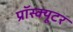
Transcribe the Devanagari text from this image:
प्रॉस्क्यूटर